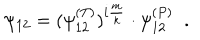
LaTeX: \psi _ { 1 2 } = ( \psi _ { 1 2 } ^ { ( T ) } ) ^ { i \frac { m } { k } } \cdot \psi _ { 1 2 } ^ { ( P ) } \; \; .